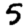
Digit: 5